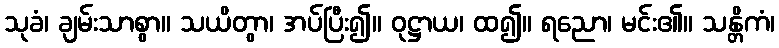
သုခံ၊ ချမ်းသာစွာ။ သယိတွာ၊ အပ်ပြီး၍။ ဝုဋ္ဌာယ၊ ထ၍။ ရညော၊ မင်း၏။ သန္တိကံ၊